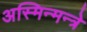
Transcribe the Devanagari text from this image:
अस्मिन्मन्त्रे